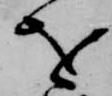
を